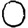
Digit: 0